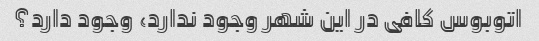
اتوبوس کافی در این شهر وجود ندارد، وجود دارد؟